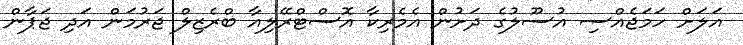
އަލަށް ހަމަޖެއްސި އުސޫލުގެ ދަށުން އެމެރިކާ އޮސްޓްރޭލިއާ ބްރެޒިލް ޖަރުމަން އަދި ޖަޕާން